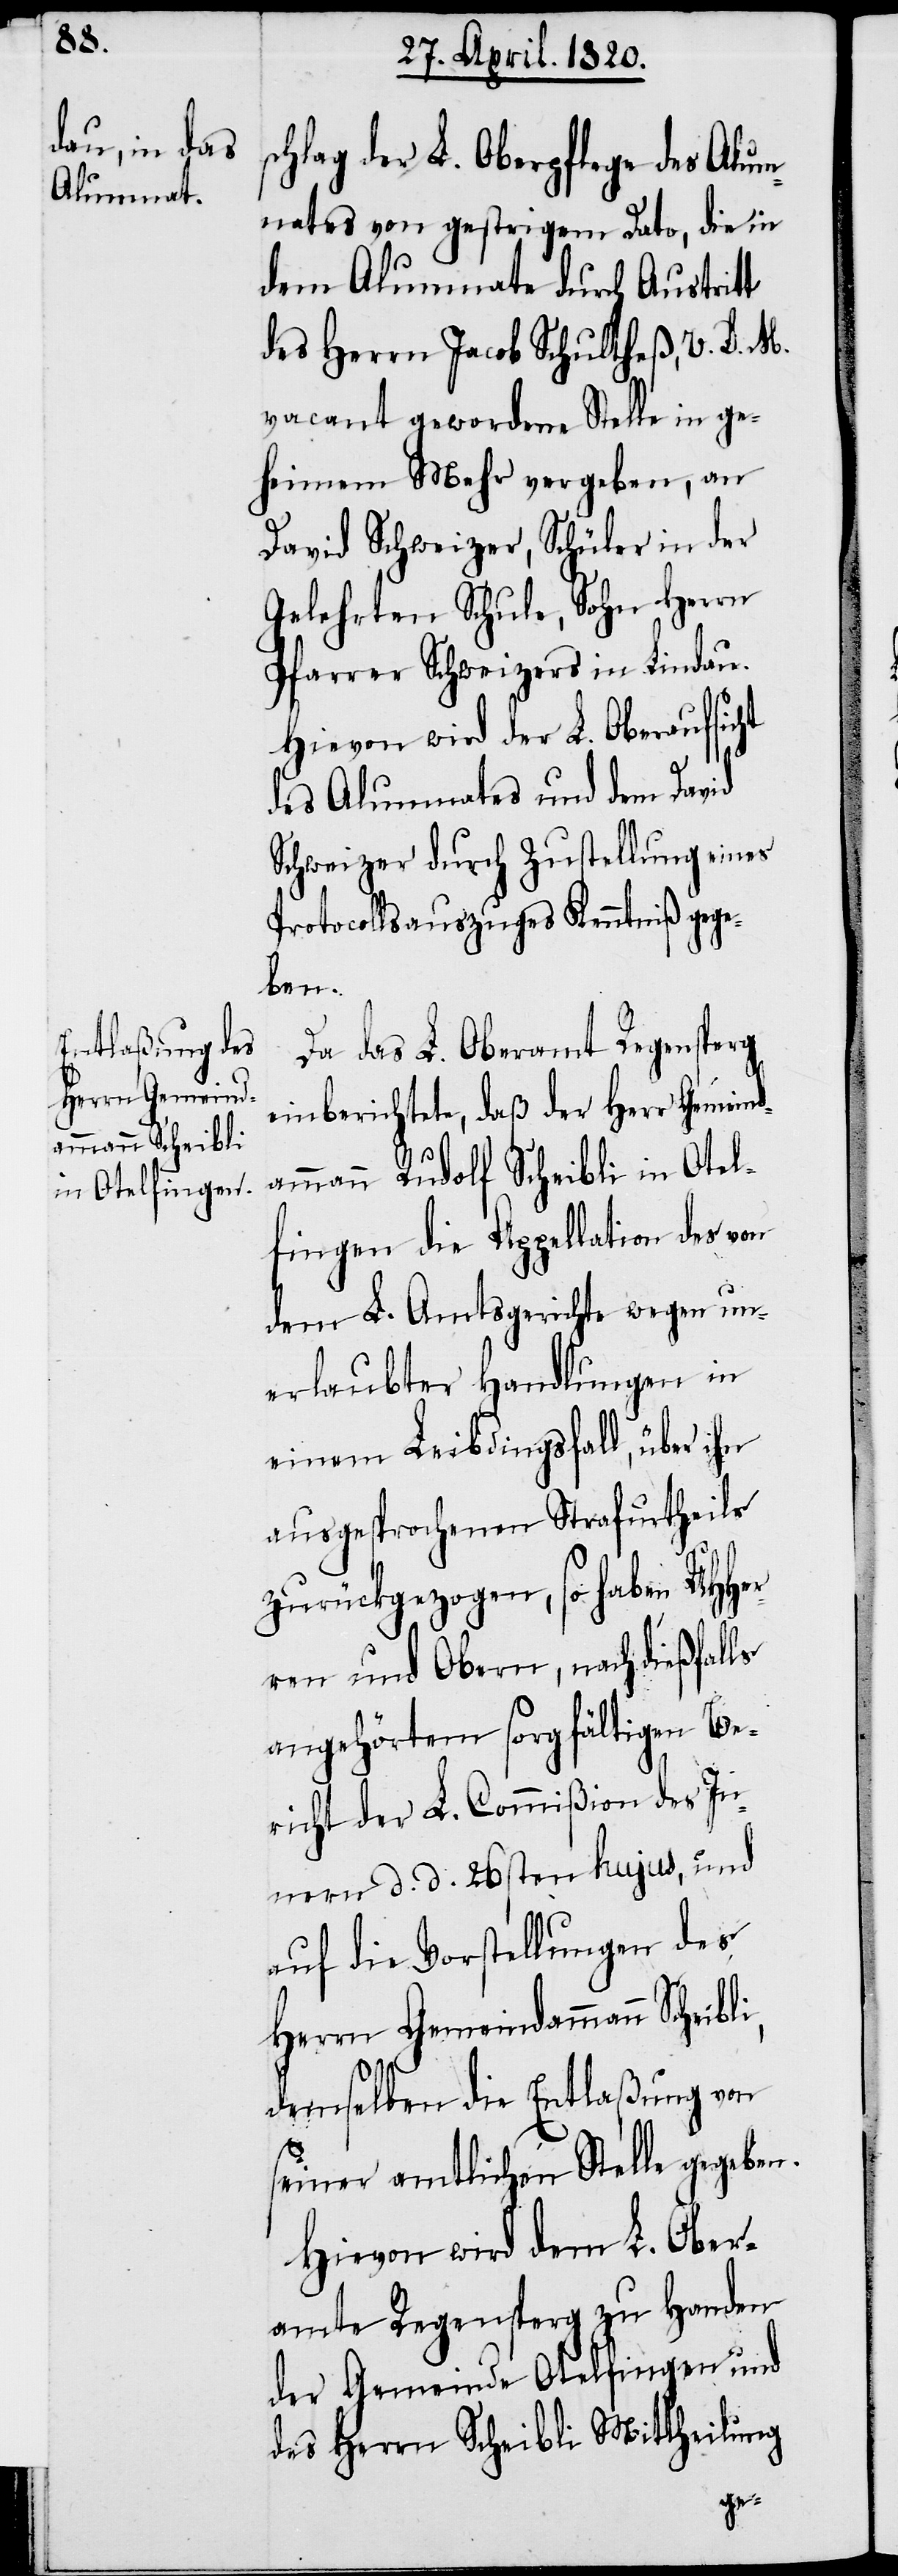
Herrn Gemeind¬
ammann Scheibli,

schlag der L. Oberpflege des Alum¬
nates von gestrigem Dato, die in
dem Alumnate durch Austritt
des Herrn Jacob Schultheß, v. D. M.
vacant gewordene Stelle in ge¬
heimem Mehr vergeben, an
David Schweizer, Schüler in der
Gelehrten Schule, Sohn Herrn
Pfarrer Schweizers in Lindau.
Hievon wird der L. Oberaufsicht
des Alumnates und dem David
Schweizer durch Zustellung eines
Protocollsauszuges Kenntniβ gege¬
ben.
Da das L. Oberamt Regensperg
einberichtete, daß der Herr Gemeind¬
ammann Rudolf Scheibli in Otel¬
fingen die Appellation des von
dem L. Amtsgerichte wegen un¬
erlaubter Handlungen in
einem Leibdingsfall, über ihr
ausgesprochenen Strafurtheile
zurückgezogen, so haben UHHer¬
ren und Obern, nach dießfalls
angehörtem sorgfältigen Be¬
richt der L. Commißion des In¬
nern d. d. 26sten hujus, und
auf die Vorstellungen des
demselben die Entlaßung von
seiner amtlichen Stelle gegeben.
Hiervon wird dem L. Ober¬
amte Regensperg zu Handen
der Gemeinde Otelfingen und
des Herrn Scheibli Mittheilung